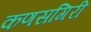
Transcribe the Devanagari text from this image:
कणसगिरी